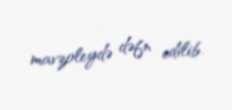
mavzoleydə dəfn edilib.